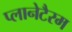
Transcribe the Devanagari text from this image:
प्लानेटैरम